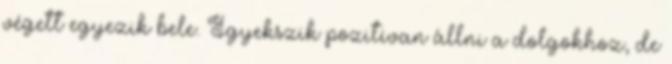
végett egyezik bele. Igyekszik pozitívan állni a dolgokhoz, de